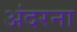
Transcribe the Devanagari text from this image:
अंदरना